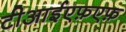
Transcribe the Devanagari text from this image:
टीआईएफ़एफ़